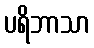
ပရိဘာသာ